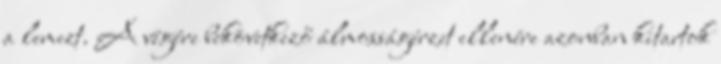
a lemezt. A végére bekövetkező álmosságérzet ellenére azonban kitartok